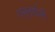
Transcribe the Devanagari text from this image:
अनुताईंनी